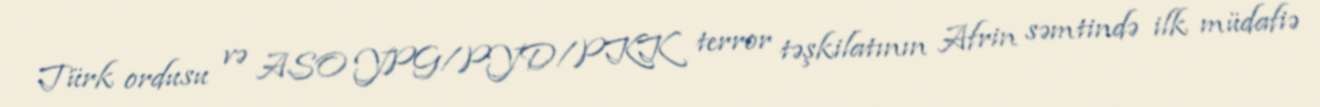
Türk ordusu və ASO YPG/PYD/PKK terror təşkilatının Afrin səmtində ilk müdafiə